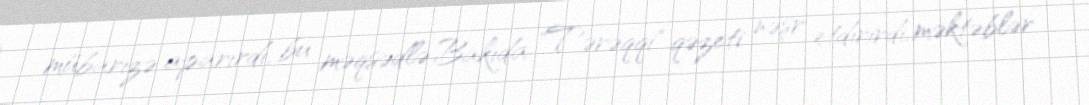
mübarizə aparırdı, bu məqsədlə Bakıda "Tərəqqi" qəzeti nəşr etdirirdi, məktəblər